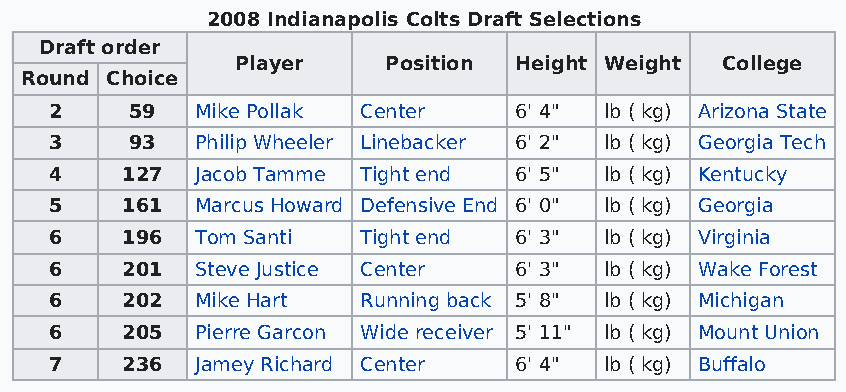
2008 Indianapolis Colts Draft Selections
 Draft order
 Player    Position Height Weight College
 Round Choice
 2     59  Mike Pollak Center   6' 4" lb ( kg) Arizona State
 3     93  Philip Wheeler Linebacker 6' 2" lb ( kg) Georgia Tech
 4    127  Jacob Tamme Tight end 6' 5" lb ( kg) Kentucky
 5    161  Marcus Howard Defensive End 6' 0" lb ( kg) Georgia
 6    196  Tom Santi  Tight end 6' 3" lb ( kg) Virginia
 6    201  Steve Justice Center 6' 3" lb ( kg) Wake Forest
 6    202  Mike Hart  Running back 5' 8" lb ( kg) Michigan
 6    205  Pierre Garcon Wide receiver 5' 11" lb ( kg) Mount Union
 7    236  Jamey Richard Center 6' 4" lb ( kg) Buffalo